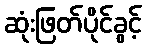
ဆုံးဖြတ်ပိုင်ခွင့်